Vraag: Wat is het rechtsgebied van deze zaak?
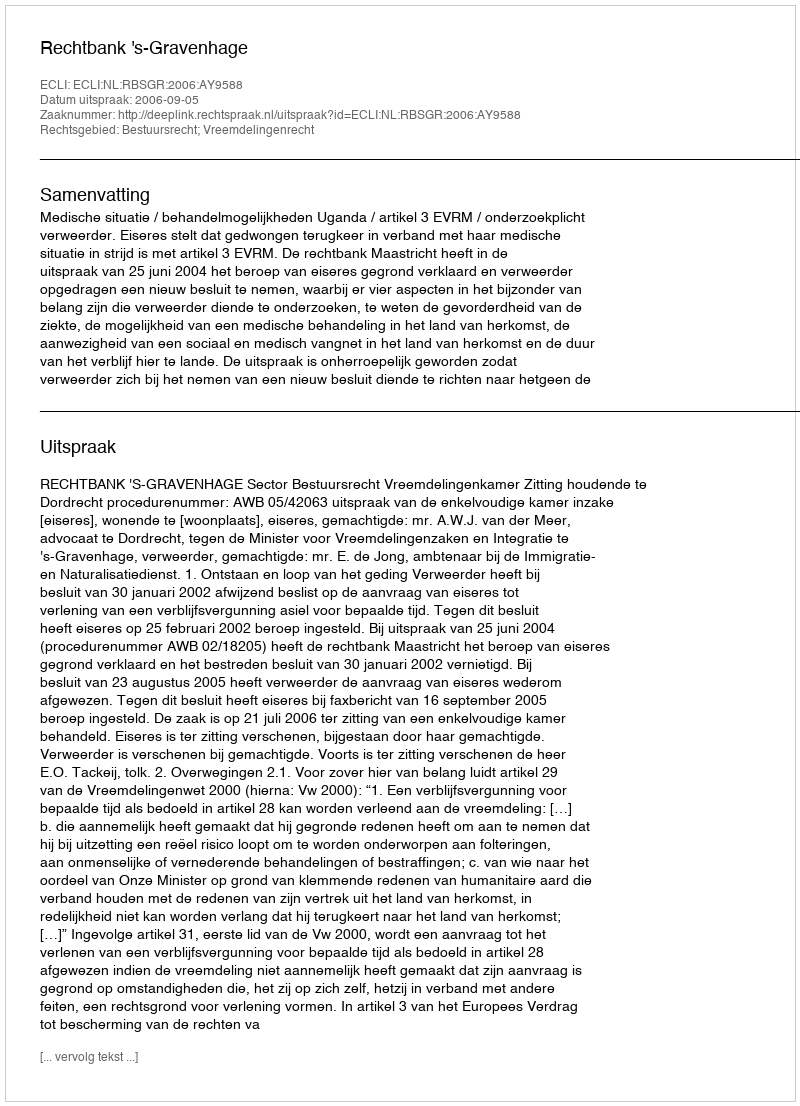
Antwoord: Bestuursrecht; Vreemdelingenrecht